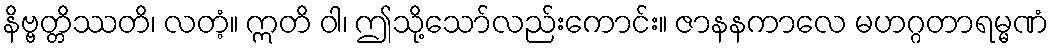
နိဗ္ဗတ္တိဿတိ၊ လတံ့။ ဣတိ ဝါ၊ ဤသို့သော်လည်းကောင်း။ ဇာနနကာလေ မဟဂ္ဂတာရမ္မဏံ